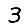
Digit: 3